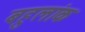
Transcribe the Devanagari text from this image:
बहुलांक